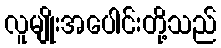
လူမျိုးအပေါင်းတို့သည်